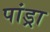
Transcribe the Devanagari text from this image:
पांड्रा